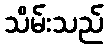
သိမ်းသည်